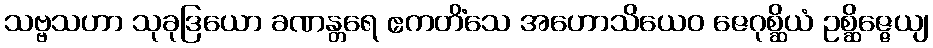
သဗ္ဗသဟာ သုခုဒြယော ခဏန္တရေ ဧကတိံသေ အဟောသိယေဝ ဇေဂုစ္ဆိယံ ဥစ္ဆိဇ္ဇေယျ